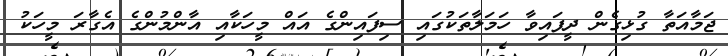
ޖަމާއަތާ ގުޅިގެން ދީފައިވާ ހަމަލާތަކުގައި ސިފައިންގެ އައް މީހަކާއި އާންމުންގެ އެގާރަ މީހަކު